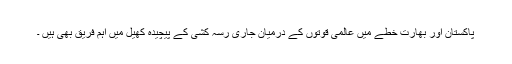
پاکستان اور بھارت خطے میں عالمی قوتوں کے درمیان جاری رسہ کشی کے پیچیدہ کھیل میں اہم فریق بھی ہیں ۔